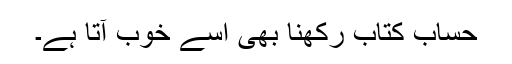
حساب کتاب رکھنا بھی اسے خوب آتا ہے۔